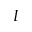
I